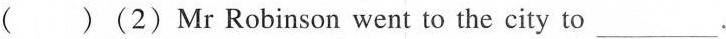
( )(2) Mr Robinson went to the city to___